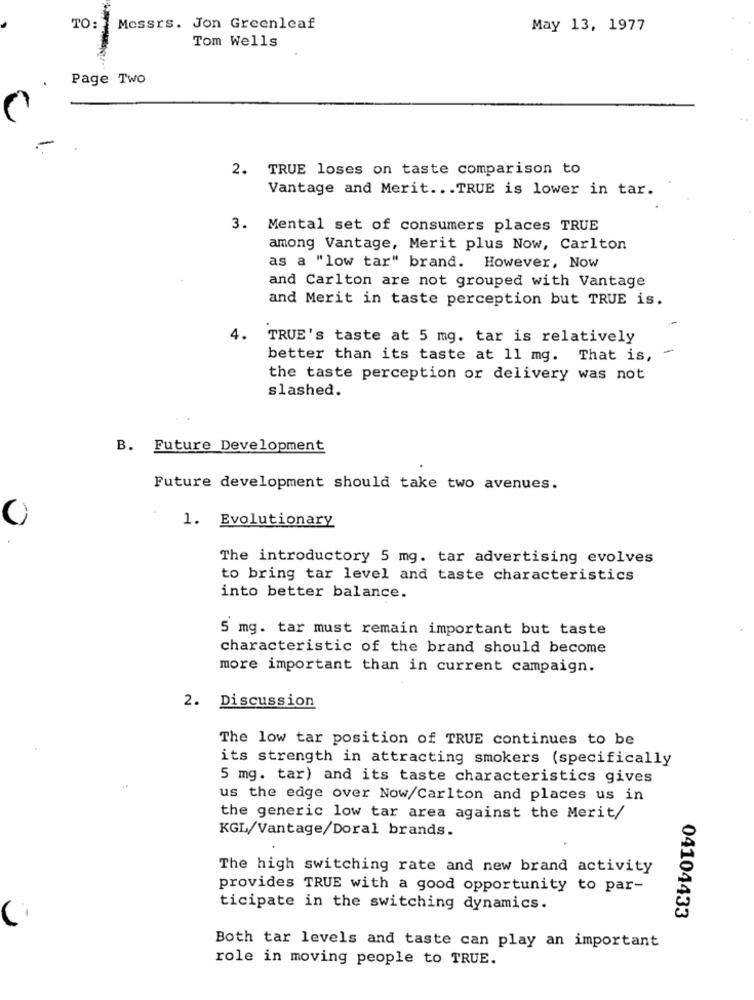
TO:
Messrs. Jon Greenleaf
May 13, 1977
Tom Wells
Page Two
-
2. TRUE loses on taste comparison to
Vantage and Merit ... TRUE is lower in tar.
3. Mental set of consumers places TRUE
among Vantage, Merit plus Now, Carlton
as a "low tar" brand. However, Now
and Carlton are not grouped with Vantage
and Merit in taste perception but TRUE is.
4.
TRUE's taste at 5 mg. tar is relatively
-
better than its taste at 11 mg. That is,
the taste perception or delivery was not
slashed.
B. Future Development
Future development should take two avenues.
1. Evolutionary
The introductory 5 mg. tar advertising evolves
to bring tar level and taste characteristics
into better balance.
5 mg. tar must remain important but taste
characteristic of the brand should become
more important than in current campaign.
2. Discussion
The low tar position of TRUE continues to be
its strength in attracting smokers (specifically
5 mg. tar) and its taste characteristics gives
us the edge over Now/Carlton and places us in
the generic low tar area against the Merit/
KGL/Vantage/Doral brands.
The high switching rate and new brand activity
provides TRUE with a good opportunity to par-
ticipate in the switching dynamics.
04104433
Both tar levels and taste can play an important
role in moving people to TRUE.